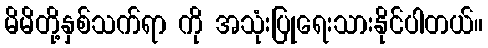
မိမိတို့နှစ်သက်ရာ ကို အသုံးပြုရေးသားနိုင်ပါတယ်။